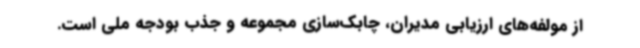
از مولفه‌های ارزیابی مدیران، چابک‌سازی مجموعه و جذب بودجه ملی است.